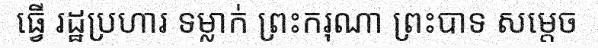
ធ្វើ រដ្ឋប្រហារ ទម្លាក់ ព្រះករុណា ព្រះបាទ សម្តេច